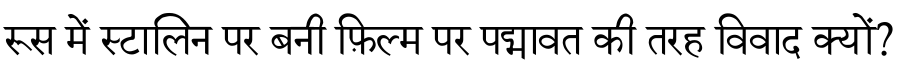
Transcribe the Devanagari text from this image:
रूस में स्टालिन पर बनी फ़िल्म पर पद्मावत की तरह विवाद क्यों?